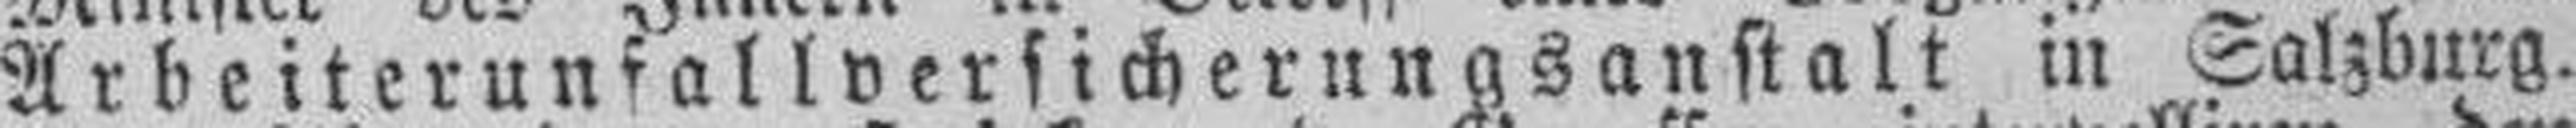
Arbeiter unfall versicherungsanstalt in Salzburg.